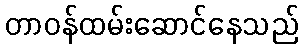
တာဝန်ထမ်းဆောင်နေသည်